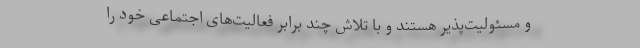
و مسئولیت‌پذیر هستند و با تلاش چند برابر فعالیت‌های اجتماعی خود را